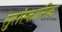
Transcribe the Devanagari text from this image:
सुसंस्कारिक